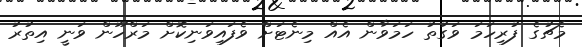
މެޗުގެ ފުރިހަމަ ވަގުތު ހަމަވާން އެއް މިނެޓަށް ވެފައިވަނިކޮށް މަރްހޫން ވަނީ އިތުރު